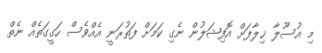
މި އުސޫލާ ޚިލާފަށް އޮފިޝަލުން ނެގި ކަމަށް ފަތުރަނީ އެއްވެސް ހަގީގަތެއް ނެތް